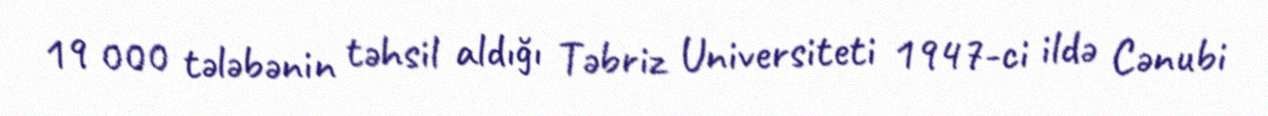
19 000 tələbənin təhsil aldığı Təbriz Universiteti 1947-ci ildə Cənubi